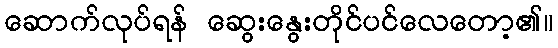
ဆောက်လုပ်ရန် ဆွေးနွေးတိုင်ပင်လေတော့၏။